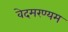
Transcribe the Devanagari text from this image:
वेदमरण्यम